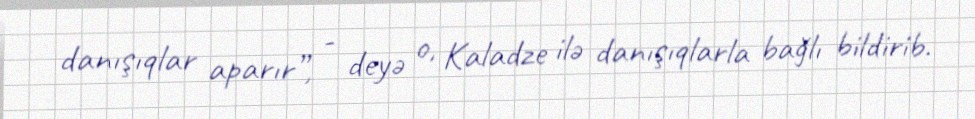
danışıqlar aparır”, - deyə o, Kaladze ilə danışıqlarla bağlı bildirib.